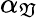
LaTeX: \alpha_{\mathfrak{V}}